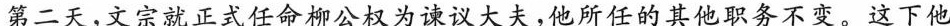
第二天，文宗就正式任命柳公权为谏议大夫，他所任的其他职务不变。这下他